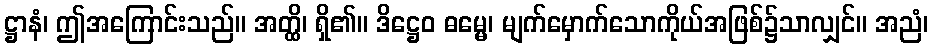
ဋ္ဌာနံ၊ ဤအကြောင်းသည်။ အတ္ထိ၊ ရှိ၏။ ဒိဋ္ဌေဝ ဓမ္မေ၊ မျက်မှောက်သောကိုယ်အဖြစ်၌သာလျှင်။ အညံ၊